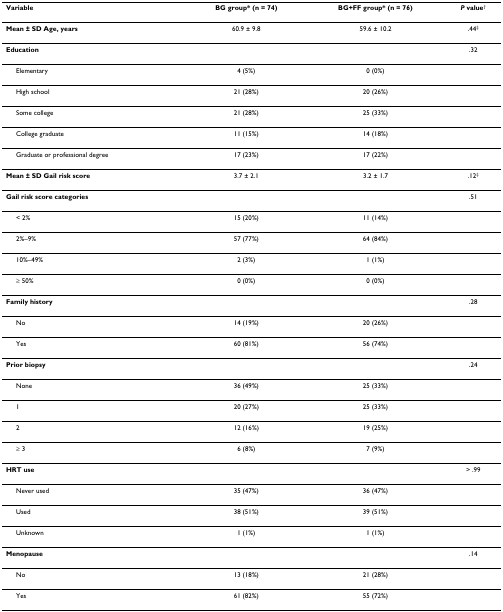
<table><thead><tr><td><b>Variable</b></td><td><b>BG group* (n = 74)</b></td><td><b>BG+FF group* (n = 76)</b></td><td><b><i>P </i>value<sup>†</sup></b></td></tr></thead><tbody><tr><td><b>Mean ± SD Age, years</b></td><td>60.9 ± 9.8</td><td>59.6 ± 10.2</td><td>.44<sup>‡</sup></td></tr><tr><td><b>Education</b></td><td></td><td></td><td>.32</td></tr><tr><td> Elementary</td><td>4 (5%)</td><td>0 (0%)</td><td></td></tr><tr><td> High school</td><td>21 (28%)</td><td>20 (26%)</td><td></td></tr><tr><td> Some college</td><td>21 (28%)</td><td>25 (33%)</td><td></td></tr><tr><td> College graduate</td><td>11 (15%)</td><td>14 (18%)</td><td></td></tr><tr><td> Graduate or professional degree</td><td>17 (23%)</td><td>17 (22%)</td><td></td></tr><tr><td><b>Mean ± SD Gail risk score</b></td><td>3.7 ± 2.1</td><td>3.2 ± 1.7</td><td>.12<sup>‡</sup></td></tr><tr><td><b>Gail risk score categories</b></td><td></td><td></td><td>.51</td></tr><tr><td> &lt; 2%</td><td>15 (20%)</td><td>11 (14%)</td><td></td></tr><tr><td> 2%–9%</td><td>57 (77%)</td><td>64 (84%)</td><td></td></tr><tr><td> 10%–49%</td><td>2 (3%)</td><td>1 (1%)</td><td></td></tr><tr><td> ≥ 50%</td><td>0 (0%)</td><td>0 (0%)</td><td></td></tr><tr><td><b>Family history</b></td><td></td><td></td><td>.28</td></tr><tr><td> No</td><td>14 (19%)</td><td>20 (26%)</td><td></td></tr><tr><td> Yes</td><td>60 (81%)</td><td>56 (74%)</td><td></td></tr><tr><td><b>Prior biopsy</b></td><td></td><td></td><td>.24</td></tr><tr><td> None</td><td>36 (49%)</td><td>25 (33%)</td><td></td></tr><tr><td> 1</td><td>20 (27%)</td><td>25 (33%)</td><td></td></tr><tr><td> 2</td><td>12 (16%)</td><td>19 (25%)</td><td></td></tr><tr><td> ≥ 3</td><td>6 (8%)</td><td>7 (9%)</td><td></td></tr><tr><td><b>HRT use</b></td><td></td><td></td><td>&gt; .99</td></tr><tr><td> Never used</td><td>35 (47%)</td><td>36 (47%)</td><td></td></tr><tr><td> Used</td><td>38 (51%)</td><td>39 (51%)</td><td></td></tr><tr><td> Unknown</td><td>1 (1%)</td><td>1 (1%)</td><td></td></tr><tr><td><b>Menopause</b></td><td></td><td></td><td>.14</td></tr><tr><td> No</td><td>13 (18%)</td><td>21 (28%)</td><td></td></tr><tr><td> Yes</td><td>61 (82%)</td><td>55 (72%)</td><td></td></tr></tbody></table>